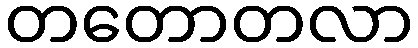
တတောတလာ